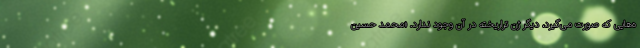
ه‌هایی که صورت می‌گیرد، دیگر ژن تراریخته در آن وجود ندارد. «محمد حسین